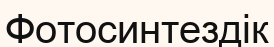
Фотосинтездік